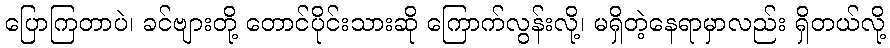
ပြောကြတာပဲ၊ ခင်ဗျားတို့ တောင်ပိုင်းသားဆို ကြောက်လွန်းလို့၊ မရှိတဲ့နေရာမှာလည်း ရှိတယ်လို့